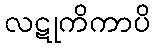
လဋုကိကာပိ